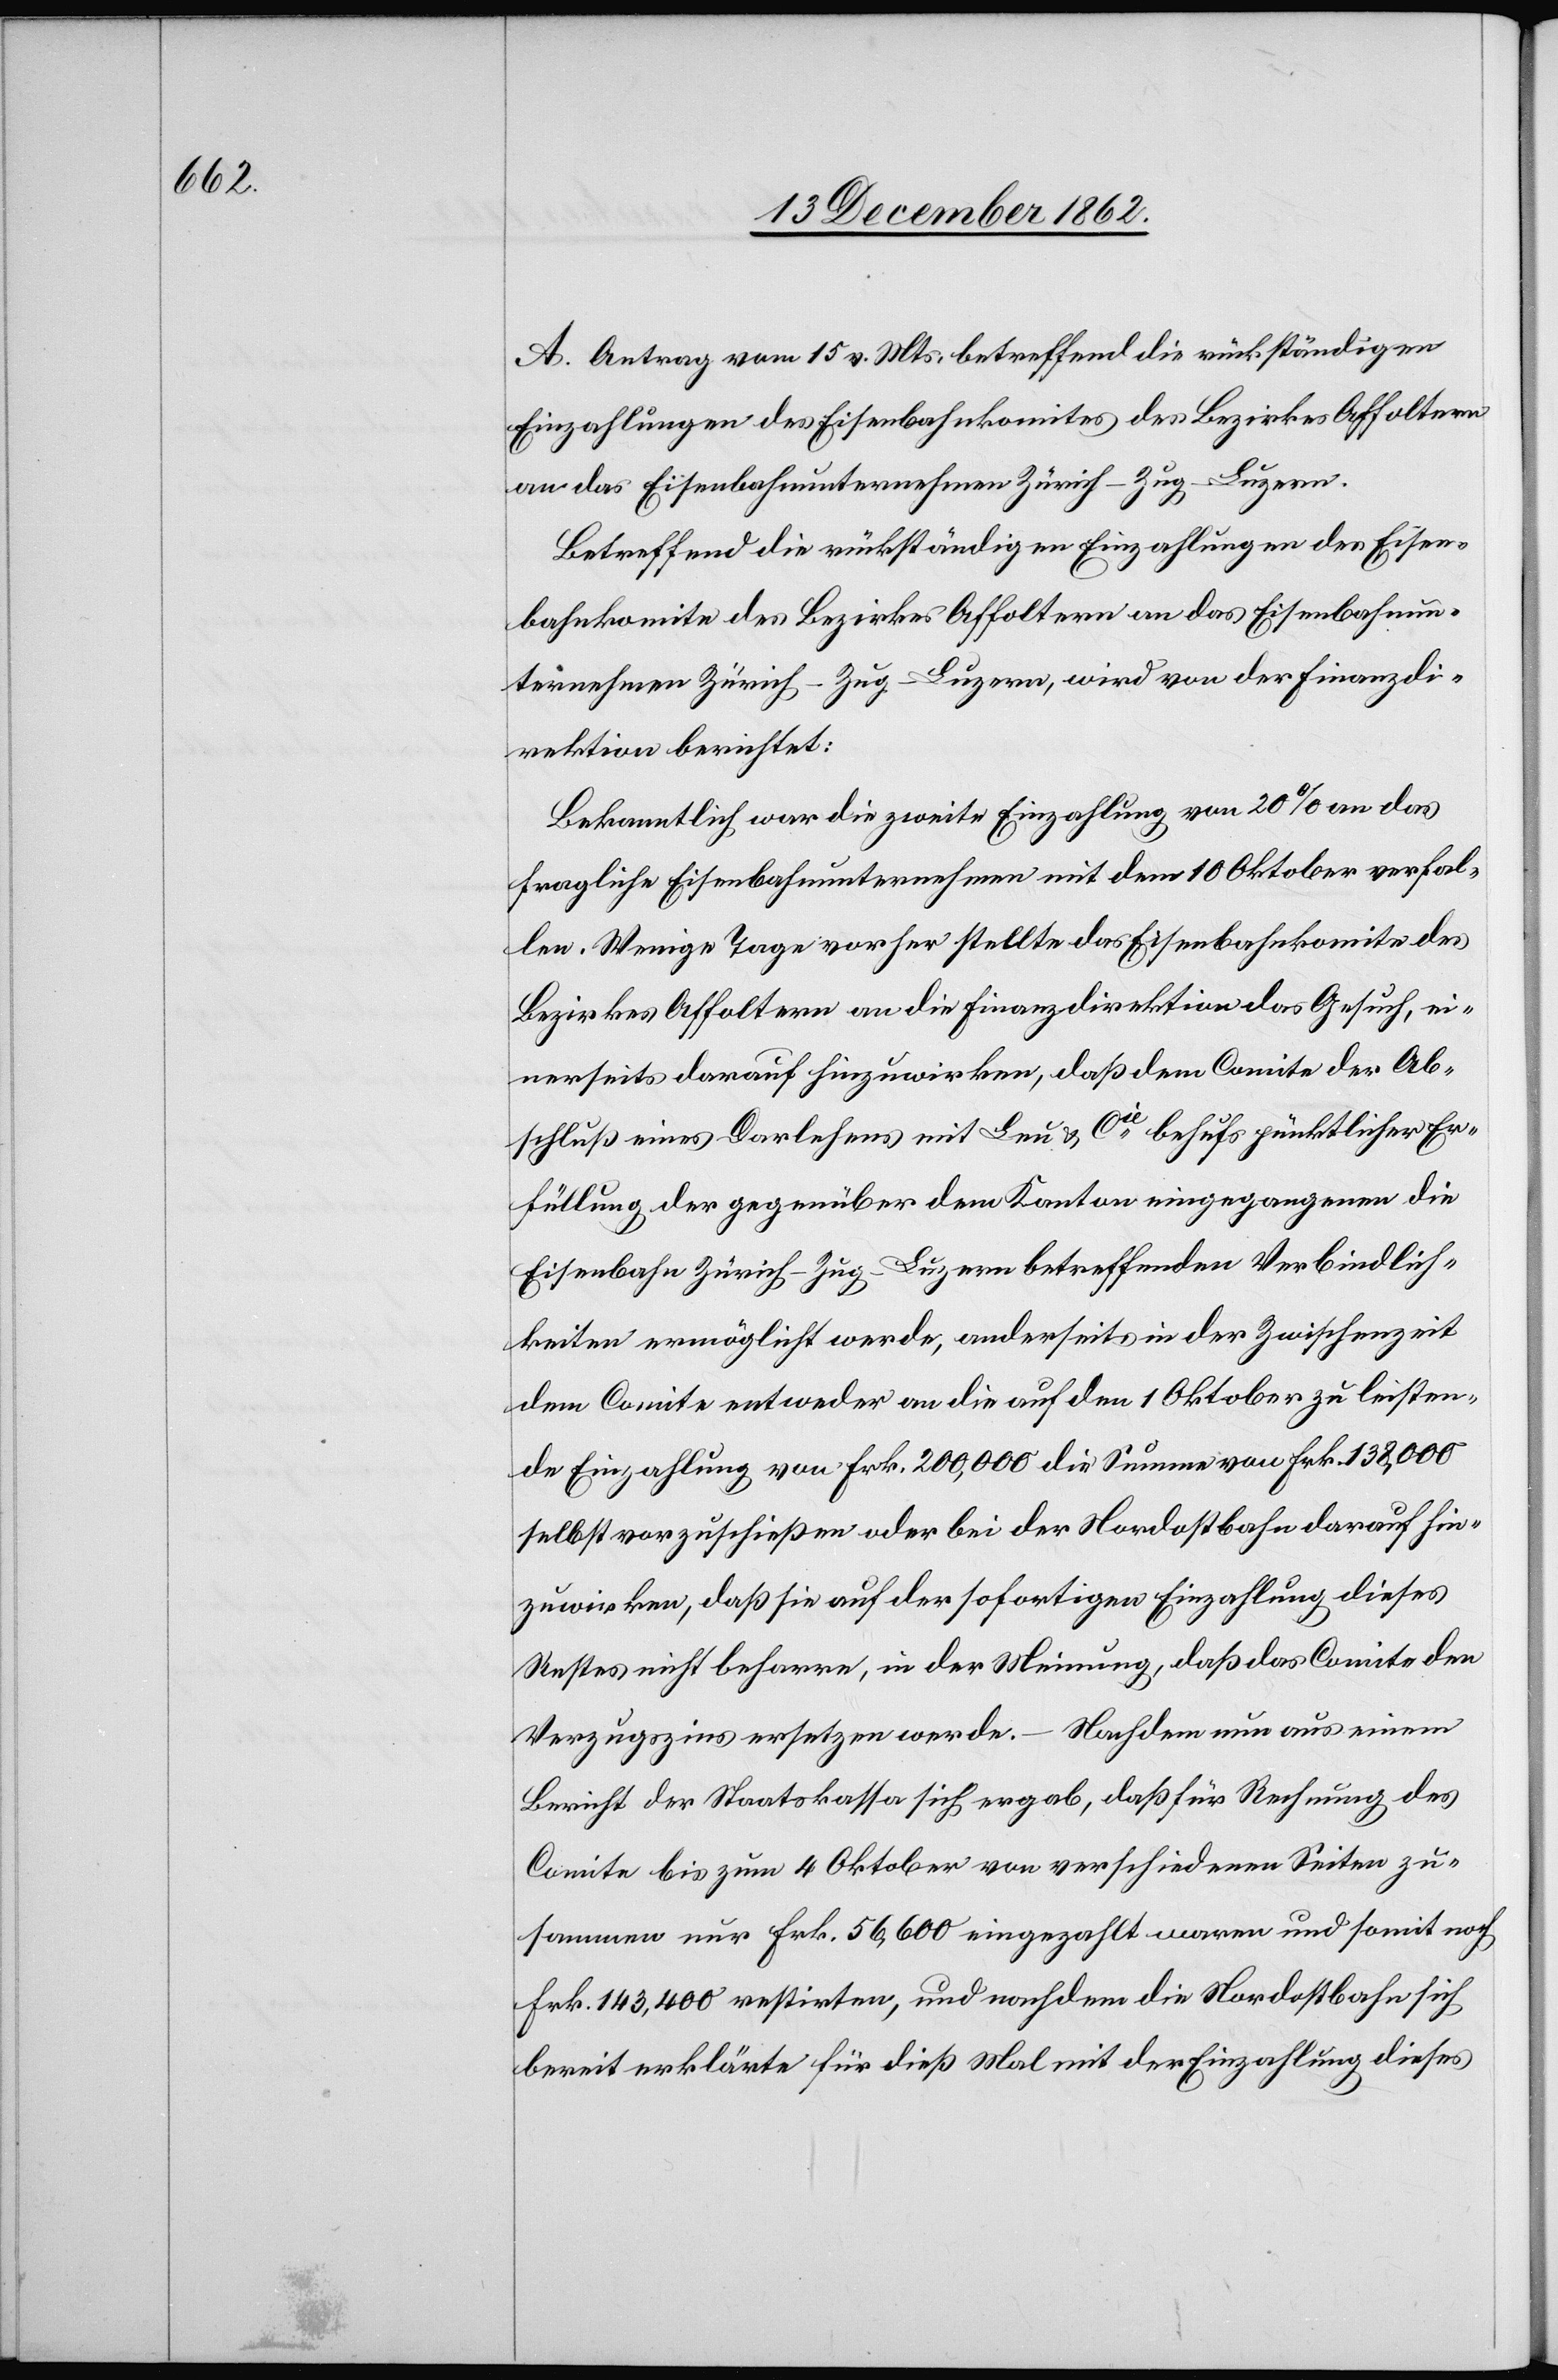
A. Antrag vom 15. v. Mts, betreffend die rückständigen
Einzahlungen des Eisenbahnkomites des Bezirkes Affoltern
an das Eisenbahnunternehmen Zürich–Zug–Luzern.
Betreffend die rückständigen Einzahlungen des Eisen¬
bahnkomite des Bezirkes Affoltern an das Eisenbahnun¬
ternehmen Zürich–Zug–Luzern, wird von der Finanzdi¬
rektion berichtet:
Bekanntlich war die zweite Einzahlung von 20% an das
fragliche Eisenbahnunternehmen mit dem 10. Oktober verfal¬
len. Wenige Tage vorher stellte das Eisenbahnkomite des
Bezirkes Affoltern an die Finanzdirektion das Gesuch, ei¬
nerseits darauf hinzuwirken, daß dem Comite der Ab¬
schluß eines Darlehens mit Leu u. Cie behufs pünktlicher Er¬
füllung der gegenüber dem Kanton eingegangenen die
Eisenbahn Zürich–Zug–Luzern betreffenden Verbindlich¬
keiten ermöglicht werde, anderseits in der Zwischenzeit
dem Comite entweder an die auf den 1. Oktober zu leisten¬
de Einzahlung von Frk. 200,000 die Summe von Frk. 138,000
selbst vorzuschießen oder bei der Nordostbahn darauf hin¬
zuwirken, daß sie auf der sofortigen Einzahlung dieses
Restes nicht beharre, in der Meinung, daß das Comite den
Verzugszins ersetzen werde. – Nachdem nun aus einem
Bericht der Staatskassa sich ergab, daß für Rechnung des
Comite bis zum 4. Oktober von verschiedenen Seiten zu¬
sammen nur Frk. 56,600 eingezahlt waren und somit noch
Frk. 143,400 restirten, und nachdem die Nordostbahn sich
bereit erklärte für dieß Mal mit der Einzahlung dieses